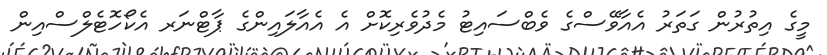
މީގެ އިތުރުން ގަތަރު އެއާވޭސްގެ ވެބްސައިޓު މެދުވެރިކޮށް އެ އެއާލައިންގެ ޕާޓްނަރ އެކޯހޮޓެލްސްއިން